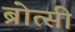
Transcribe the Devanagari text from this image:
ब्रोत्सी